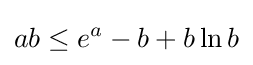
ab\leq e^{a}-b+b\ln b